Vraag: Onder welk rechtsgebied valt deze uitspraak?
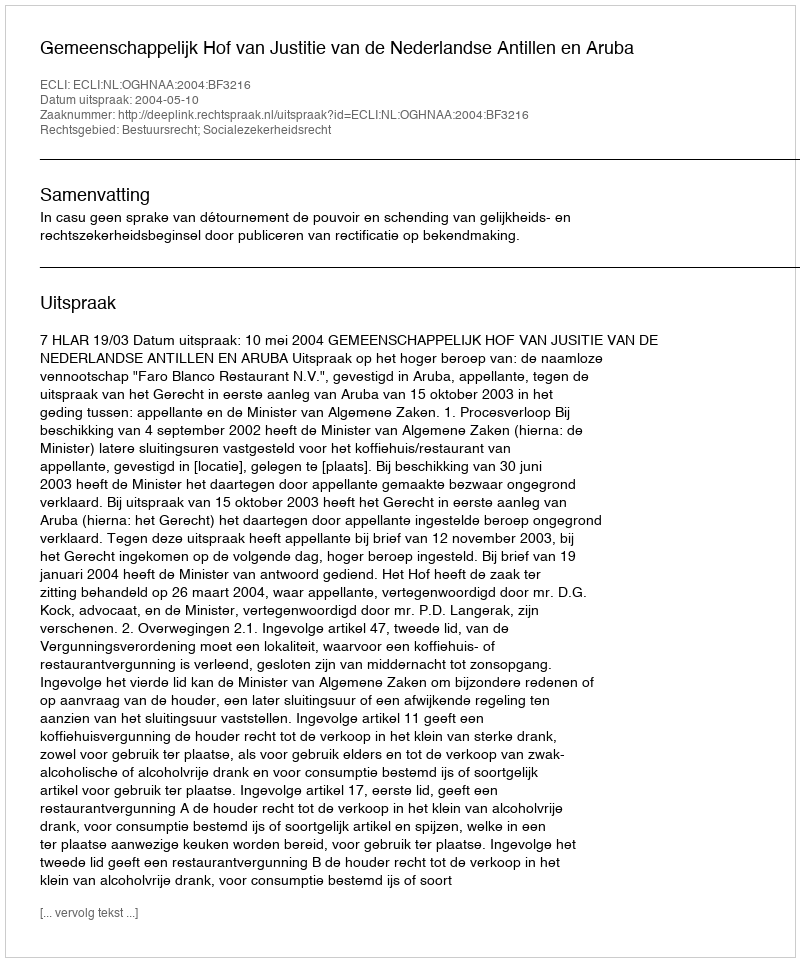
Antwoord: Bestuursrecht; Socialezekerheidsrecht